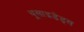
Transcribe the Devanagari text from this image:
थूसाइडेड्स